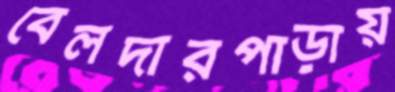
বেলদারপাড়ায়